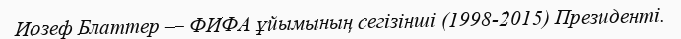
Иозеф Блаттер — ФИФА ұйымының сегізінші (1998-2015) Президенті.